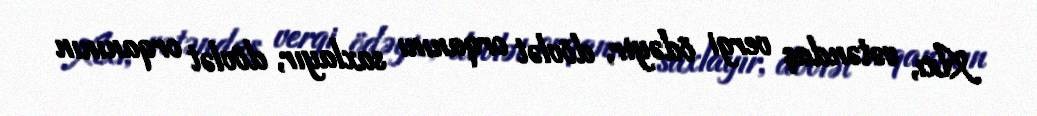
Axı, vətəndaş vergi ödəyir, dövlət orqanını saxlayır, dövlət orqanının